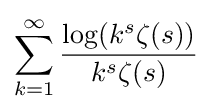
\sum _{k=1}^{\infty }{\frac {\log(k^{s}\zeta (s))}{k^{s}\zeta (s)}}